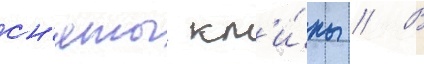
сн'яты кл'и́пы // В